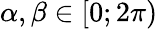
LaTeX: \alpha,\beta\in[0;2\pi)